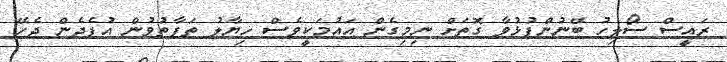
ރައީސް ސޯލިހު ބޭނުންފުޅުވާ ގޮތަށް ނިމިގެން އައުމަކީވެސް ހިޔާލު ތަފާތުވުން އުފެދެން ޖެހޭ